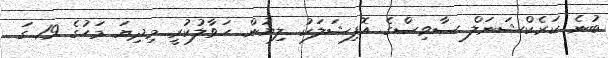
ބުނެ ކަރެކްޝަނަލް ސާވިސްގެ އޮފިޝަލަކު ލިޔުން ހަވާލުކުރީ މިދިޔަ މަހުގެ 19 ގަ